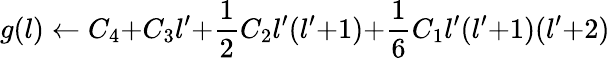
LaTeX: g(l)\gets C_{4}{+}C_{3}l^{\prime}{+}\frac{1}{2}C_{2}l^{\prime}(l^{\prime}{+}1){+}\frac{1}{6}C_{1}l^{\prime}(l^{\prime}{+}1)(l^{\prime}{+}2)